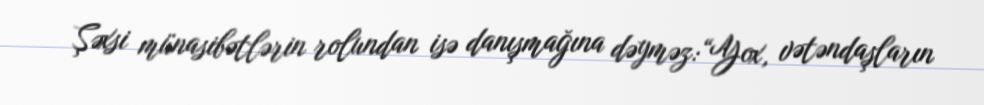
Şəxsi münasibətlərin rolundan isə danışmağına dəyməz:“Yox, vətəndaşların